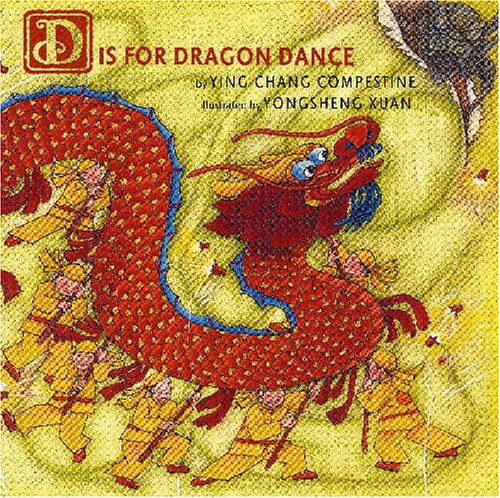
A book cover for D Is for Dragon Dance; Ying Chang Compestine; Children's Books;